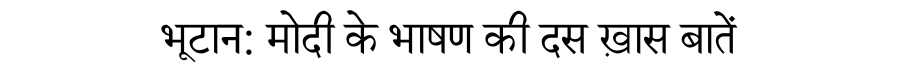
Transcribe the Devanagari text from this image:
भूटान: मोदी के भाषण की दस ख़ास बातें